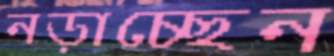
নড়াচ্ছেন